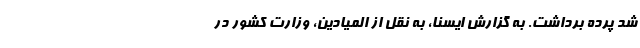
شد پرده برداشت. به گزارش ایسنا، به نقل از المیادین، وزارت کشور در